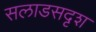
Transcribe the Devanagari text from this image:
सलाडसदृश